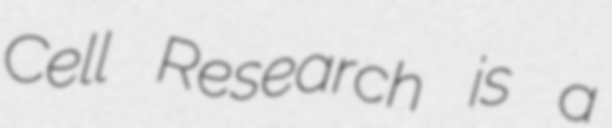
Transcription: Cell Research is a